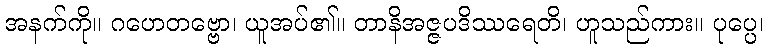
အနက်ကို။ ဂဟေတဗ္ဗော၊ ယူအပ်၏။ တာနိအဇ္ဇပဒိဿရေတိ၊ ဟူသည်ကား။ ပုပ္ပေ၊